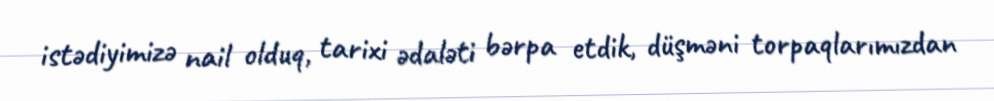
istədiyimizə nail olduq, tarixi ədaləti bərpa etdik, düşməni torpaqlarımızdan